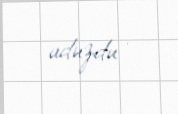
uduzdu .